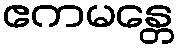
ဧကမန္တေ